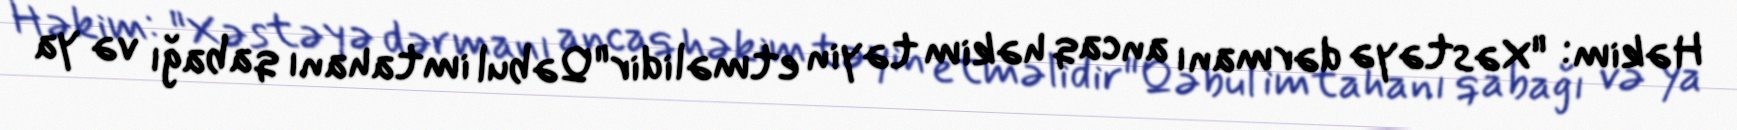
Həkim: "Xəstəyə dərmanı ancaq həkim təyin etməlidir"Qəbul imtahanı qabağı və ya